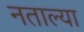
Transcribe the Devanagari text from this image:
नताल्या